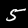
Label: 5